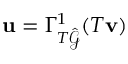
\mathbf { u } = \Gamma _ { T \hat { \mathcal { G } } } ^ { 1 } ( T \mathbf { v } )